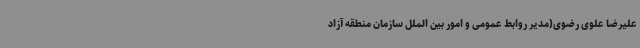
علیرضا علوی رضوی(مدیر روابط عمومی و امور بین الملل سازمان منطقه آزاد